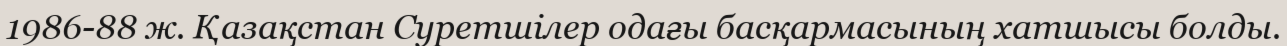
1986-88 ж. Қазақстан Суретшілер одағы басқармасының хатшысы болды.